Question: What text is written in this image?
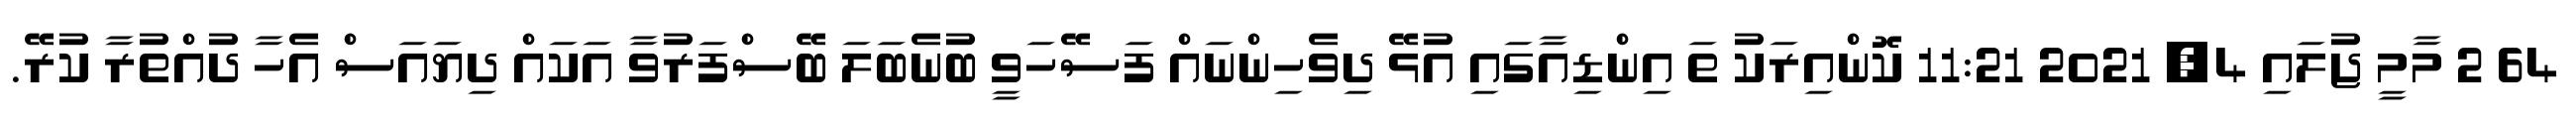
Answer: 64 2 މާމީ ޖުލައި 4, 2021 11:21 ކޮންއިރަކު ތަ އިންޑިއާގައި އުޅޭ ދިވެހިންނައް ފަސޭހަވީ ބުނެބަލަ ބޭސްފަރުވާ އަކައް ދިޔައަސް އެހާ ދުއްތުރާ ކުރޭ.